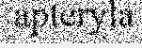
apteryla